Indian journal of veterinary science and animal husbandry - Volumes 15-17, 1948-1951
Year: 1948
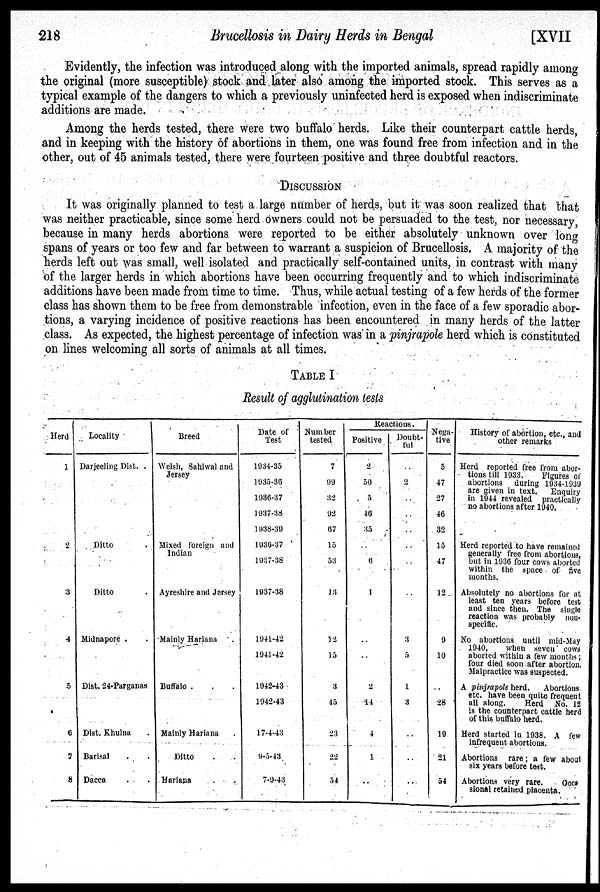
218
Brucellosis in Dairy Herds in Bengal
[XVII
Evidently, the infection was introduced along with the imported animals, spread rapidly among
the original (more susceptible) stock and later also among the imported stock. This serves as a
typical example of the dangers to which a previously uninfected herd is exposed when indiscriminate
additions are made.
Among the herds tested, there were two buffalo herds. Like their counterpart cattle herds,
and in keeping with the history of abortions in them, one was found free from infection and in the
other, out of 45 animals tested, there were fourteen positive and three doubtful reactors.
DISCUSSION
It was originally planned to test a large number of herds, but it was soon realized that that
was neither practicable, since some herd owners could not be persuaded to the test, nor necessary,
because in many herds abortions were reported to be either absolutely unknown over long
spans of years or too few and far between to warrant a suspicion of Brucellosis. A majority of the
herds left out was small, well isolated and practically self-contained units, in contrast with many
of the larger herds in which abortions have been occurring frequently and to which indiscriminate
additions have been made from time to time. Thus, while actual testing of a few herds of the former
class has shown them to be free from demonstrable infection, even in the face of a few sporadic abor-
tions, a varying incidence of positive reactions has been encountered in many herds of the latter
class. As expected, the highest percentage of infection was in a pinjrapole herd which is constituted
on lines welcoming all sorts of animals at all times.
TABLE I
Result of agglutination tests
Herd
1
2
3
4
5
6
7
8
Locality
Darjeeling Dist. .
Ditto .
Ditto .
Midnapore . .
Dist. 24-Parganas
Dist. Khulna .
Barisal . .
Dacca . .
Breed
Welsh, Sahiwal and
Jersey
Mixed foreign and
Indian
Ayreshire and Jersey
Mainly Hariana .
Buffalo . . .
Mainly Hariana .
Ditto . .
Hariana . .
Date of
Test
1934-35
1935-36
1936-37
1937-38
1938-39
1936-37
1937-38
1937-38
1941-42
1941-42
1942-43
1942-43
17-4-43
9-5-43
7-9-43
Number
tested
7
99
32
92
67
15
53
13
12
15
3
45
23
22
54
Reactions
Positive
2
50
5
46
35
..
6
1
..
..
2
14
4
1
..
Doubt-
ful
..
2
..
..
..
..
..
..
3
5
1
3
..
..
..
Nega-
tive
5
47
27
46
32
15
47
12
9
10
..
28
19
21
54
History of abortion, etc., and
other remarks
Herd reported free from abor-
tions till 1933.
Figures of
abortions during 1934-1939
are given in text. Enquiry
in 1944 revealed practically
no abortions after 1940.
Herd reported to have remained
generally free from abortions,
but in 1936 four cows aborted
within the space of five
months.
Absolutely no abortions for at
least ten years before test
and since then. The single
reaction was probably non-
specific.
No abortions until mid-May
1940,
when seven cows
aborted within a few months ;
four died soon after abortion.
Malpractice was suspected.
A pinjrapole herd. Abortions
etc. have been quite frequent
all along.
Herd No. 12
is the counterpart cattle herd
of this buffalo herd.
Herd started in 1938. A few
infrequent abortions.
Abortions rare; a few about
six years before test.
Abortions very rare.
Occa
sional retained placenta.